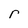
Character: r